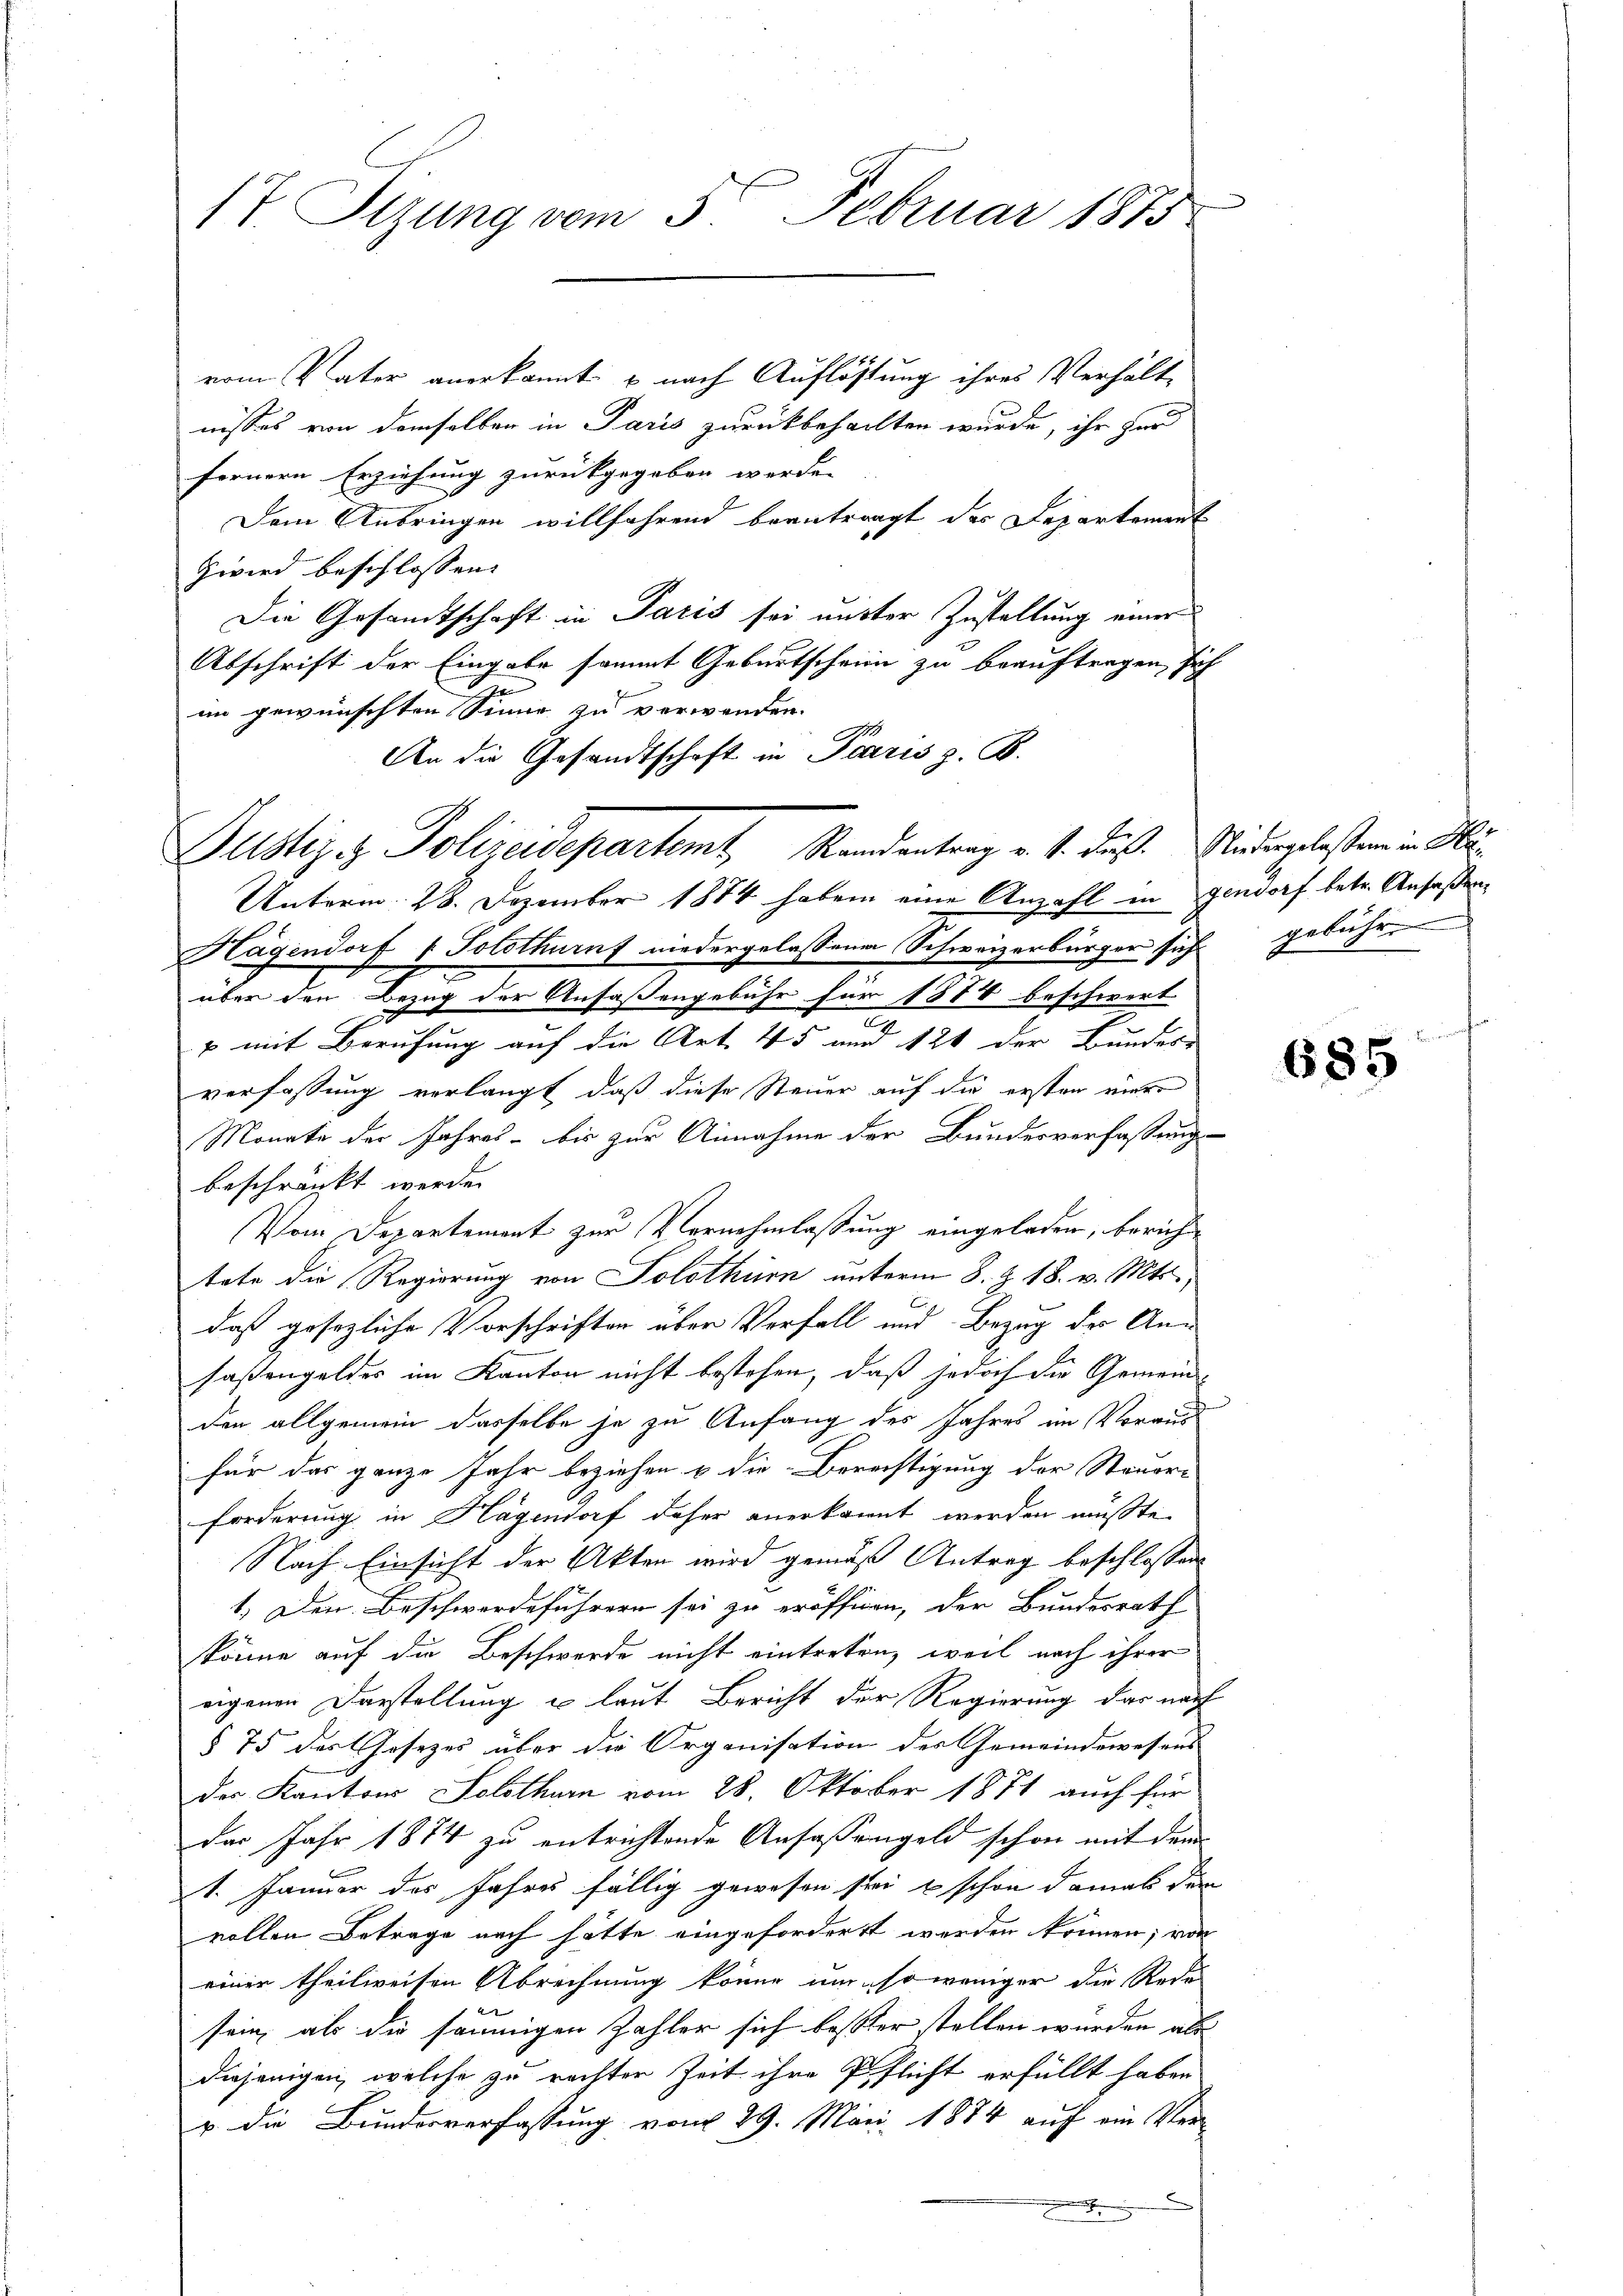
17 Sizung vom 3. Februar 1875

vom Vater anerkannt u nach Auflöstung ihres Verhält-
nisses von demselben in Paris zurückbehalten wurde, ihr zur
ferneren Erziehung zurückgegeben werde.
Dem Anbringen willfahrend beantragt der Departement
Zwird beschlossen:
Die Gesamtschaft in Paris sei mitter Zustellung einer
Abschrift der Eingabe sammt Geburtschein zu beauftragen, sich
e
im gewünschten Sinne zu verwenden.
An die Gesandtschaft in Paris z. B.
Unterm 28. Dezember 1874 haben eine Anzahl in Gendorf betr. Ansaßen¬
Hagendorf & Solothurnf niedergelassenen Schweizerbürger sich gebühre
e
über den Bezug der Anfaßengebühr für 1874 beschwert
.
p mit Berufung auf die Art. 45 und 124 der Bundes-
verfassung verlangt, daß diese Steuer auf die ersten einer
Monate der Jahres - bis zur Annahme der Bundesverfassung
beschränkt werde.
Vom Departement zur Vornehmlassung eingeladen, berichtete die Regierung von Solothur unterm 8. Z. 18. v. Mts.,
daß gesezliche Vorschriften über Verfall und Bezug des Anfaßengeldes im Kanton nicht bestehen, daß jedoch die Gemeind-
den allgemein dasselbe je zu Anfang des Jahres im Voraus
für das ganze Jahr beziehen & die Berechtigung der Steuer-
forderung in Hagendorf daher anerkannt werden müßte.
Nach Einsicht der Akten wird gemäß Antrag beschlossen
1.) Den Beschwerdeführern sei zu eröffigen, der Bundesrath
könne auf die Beschwerde nicht eintreten, weil nach ihrer
eigenen Darstellung u laut Bericht der Regierung das nach
§ 75 des Gesezes über die Organisation des Gemeindewesens
des Kantons Solothurn vom 28. Oktober 1871 auch für
des Jahr 1874 zu entrichtende Anfassengeld schon mit dem
1. Januar des Jahres fällig gewesen sei, & schon damals den
vollen Betrage nach hätte eingefordert werden können; von
einer theilweisen Abrechnung könne um so weniger die Rede
sein, als die säumigen Zahler sich bester stellen würden als
diejenigen, welche zu rachter Zeit ihre Pflicht erfüllt haben
v die Bunderverfassung vom 29. März 1884 auf ein Ver-
.

Justiz & Polizeidepartemt, Randantrag v. 1. dieß. Niedergelesen in Wä¬

685